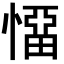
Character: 𭞬